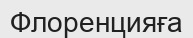
Флоренцияға